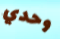
وحدي